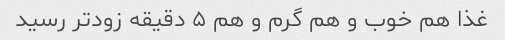
غذا هم خوب و هم گرم و هم ۵ دقیقه زودتر رسید